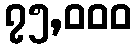
၇၅,၀၀၀